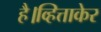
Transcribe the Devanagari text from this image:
है।व्हित्ताकेर